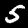
Digit: 5